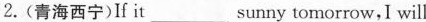
2.(青海西宁)If it___sunny tomorrow,I will